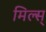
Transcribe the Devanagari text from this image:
मिल्स्